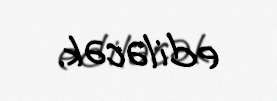
ediləcək.